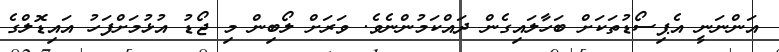
އަންނަނީ އެޕިސޯޑުތަކަށް ބަހާލައިގެން ދައްކަމުންނެވެ. ވަރަށް ލޯބިން މި ޖޯޑު އުޅުމަށްފަހު އައިޑޮލްގެ